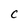
Character: c